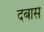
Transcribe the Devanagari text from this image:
दबास